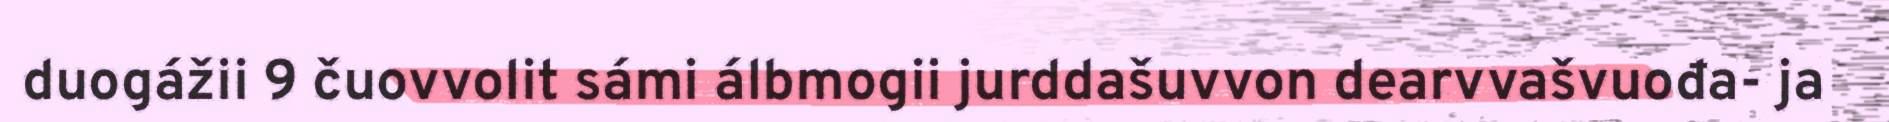
duogážii 9 čuovvolit sámi álbmogii jurddašuvvon dearvvašvuođa- ja